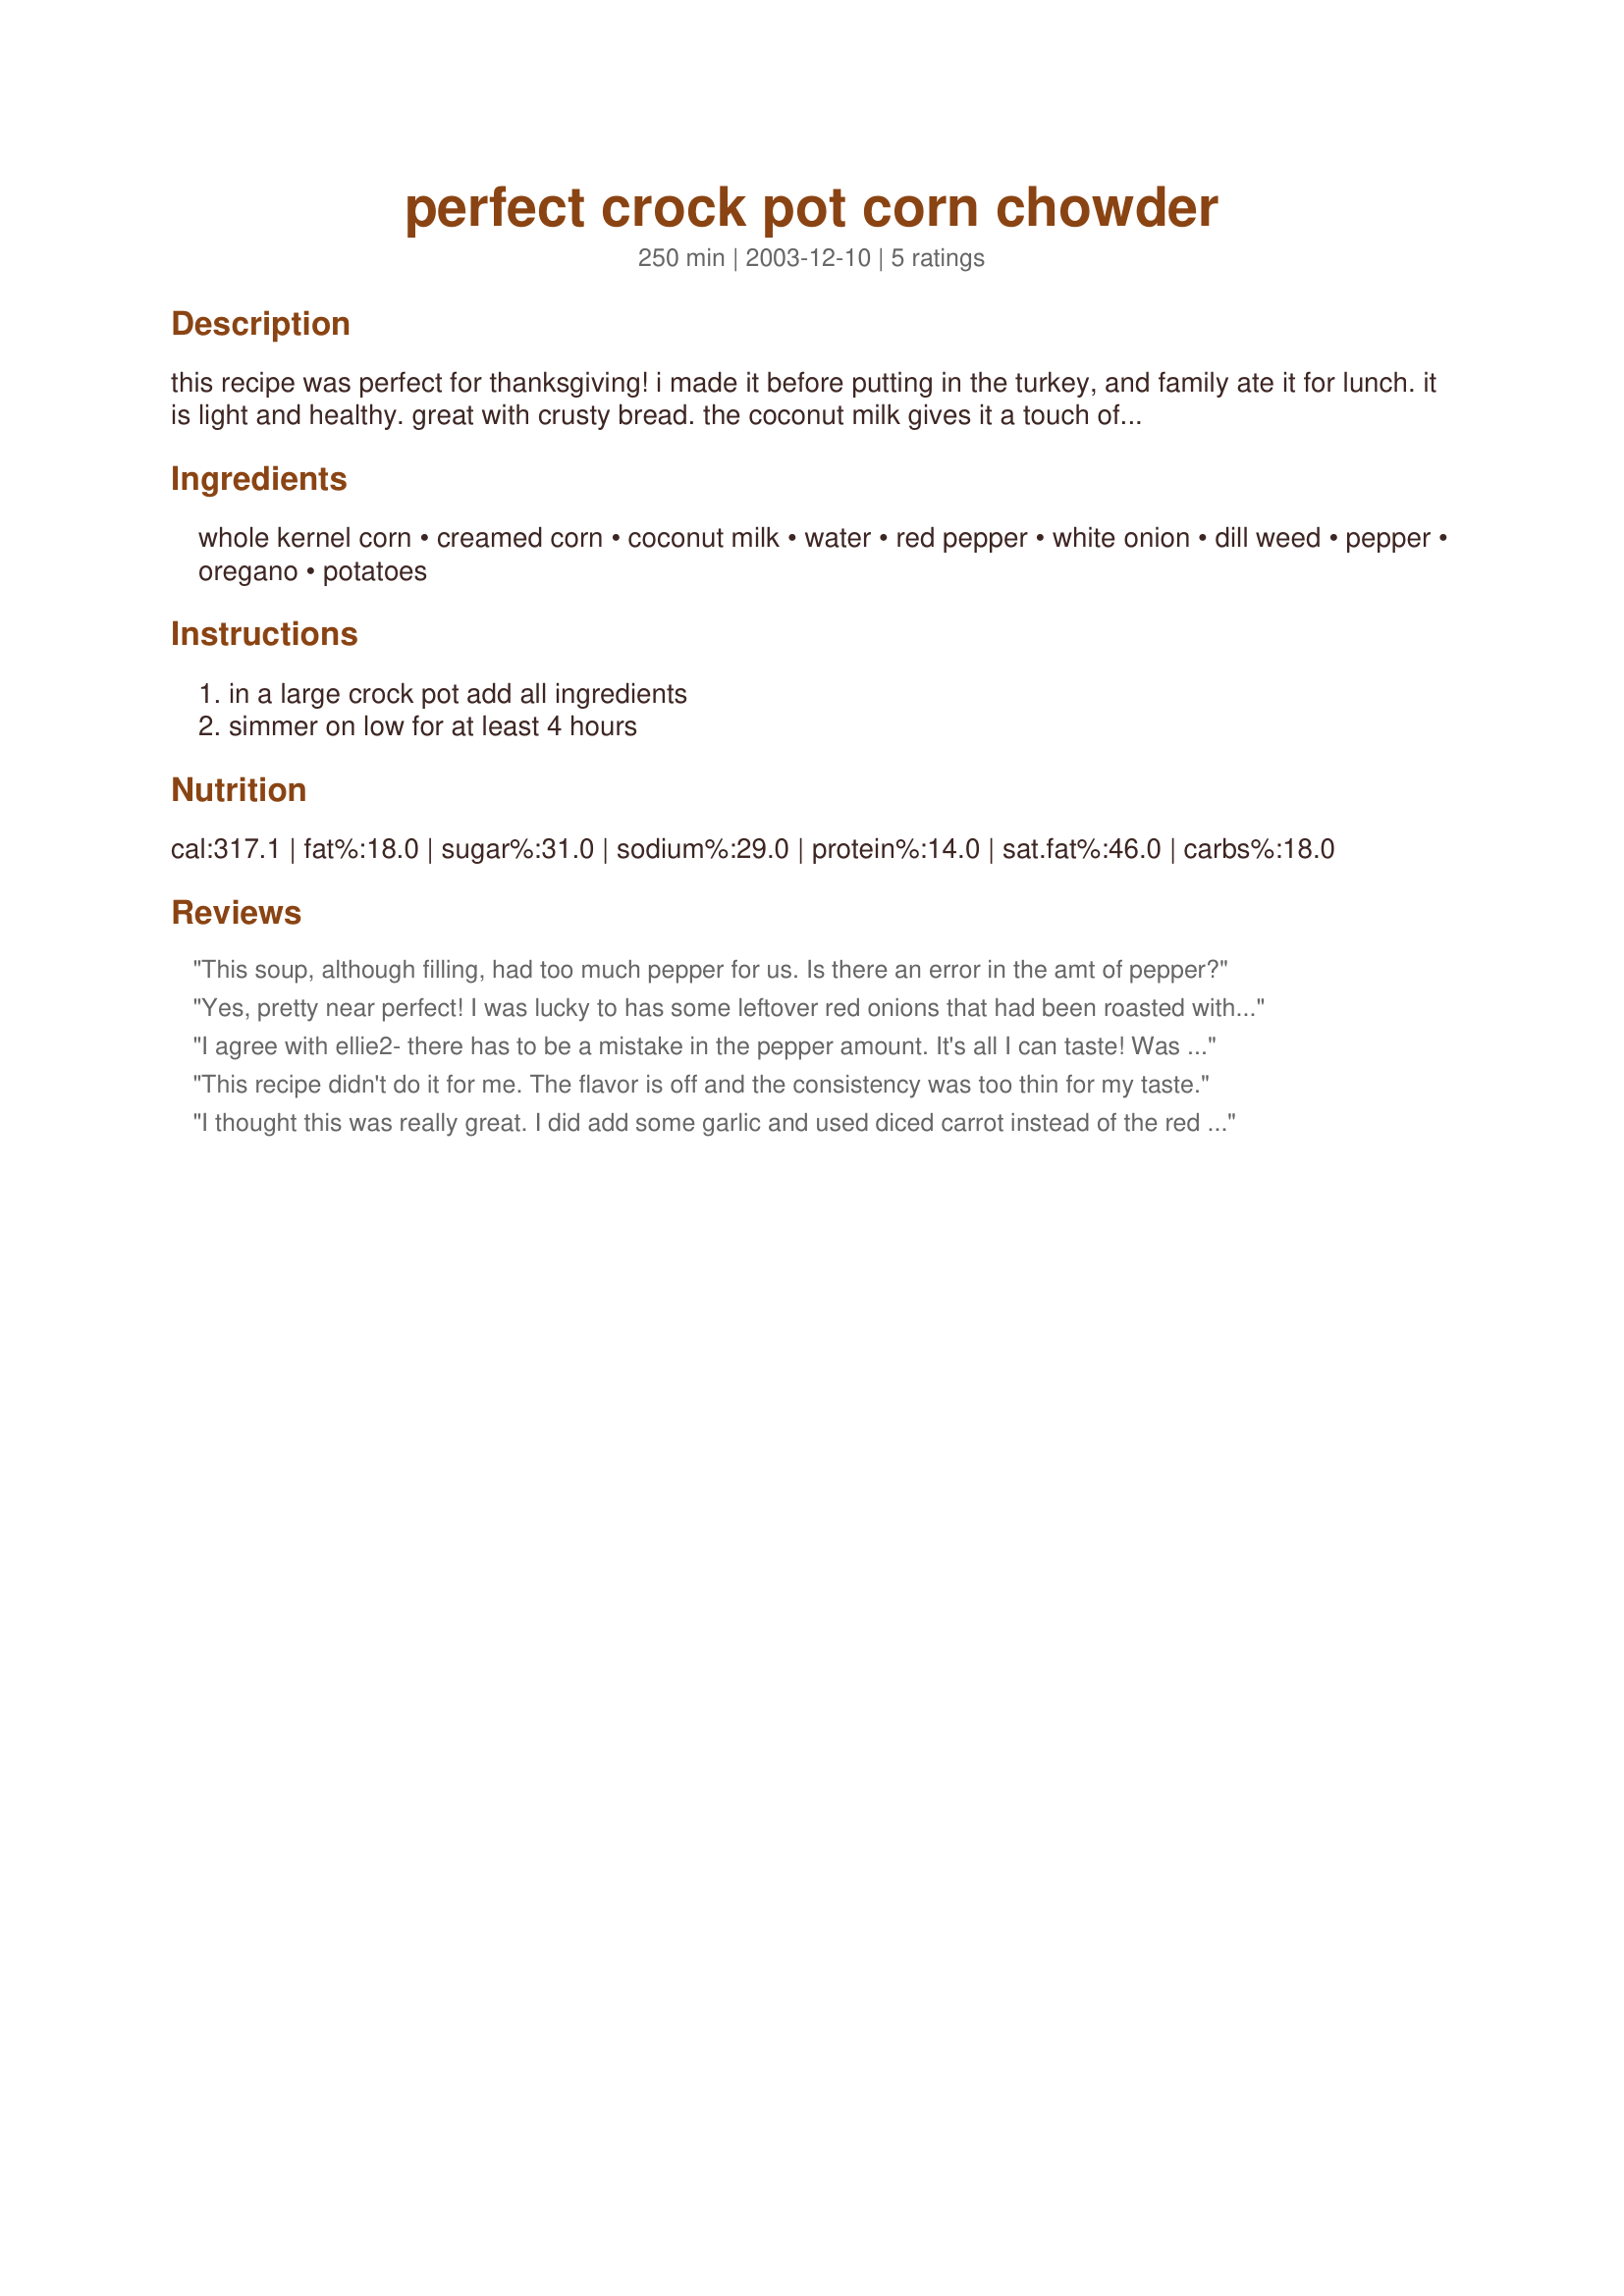
perfect crock pot corn chowder
Preparation time: 250 minutes

this recipe was perfect for thanksgiving! i made it before putting in the turkey, and family ate it for lunch. it is light and healthy. great with crusty bread. the coconut milk gives it a touch of sweetness.

Ingredients:
whole kernel corn, creamed corn, coconut milk, water, red pepper, white onion, dill weed, pepper, oregano, potatoes

Steps:
in a large crock pot add all ingredients, simmer on low for at least 4 hours

Reviews:
This soup, although filling, had too much pepper for us. Is there an error in the amt of pepper?
Yes, pretty near perfect! I was lucky to has some leftover red onions that had been roasted with a chicken, a perfect combination!I will make this often, it was EASY, delicious, and healthy!
I agree with ellie2- there has to be a mistake in the pepper amount. It's all I can taste! Was it 1 teaspoon pepper and 1 tablespoon oregano?

I like the idea, but will not use any pepper next time.
This recipe didn't do it for me. The flavor is off and the consistency was too thin for my taste.
I thought this was really great. I did add some garlic and used diced carrot instead of the red pepper. I also added quite a lot of soaked then sliced Chinese mushrooms. For me, this added a great dimention to the soup. Thanks Jenne Mello
